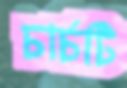
চার্চটি